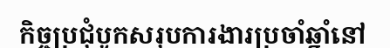
កិច្ចប្រជុំបូកសរុបការងារប្រចាំឆ្នាំនៅ